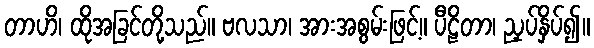
တာဟိ၊ ထိုအခြင်တို့သည်။ ဗလသာ၊ အားအစွမ်းဖြင့်။ ပီဠိတာ၊ ညှပ်နှိပ်၍။